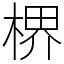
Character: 楐